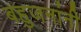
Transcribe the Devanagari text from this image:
बहुजनांनी